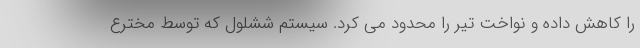
را کاهش داده و نواخت تیر را محدود می کرد. سیستم ششلول که توسط مخترع